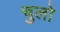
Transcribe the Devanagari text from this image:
चुलो